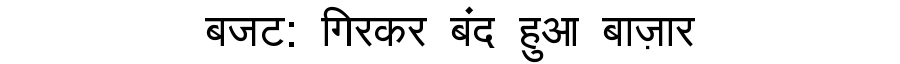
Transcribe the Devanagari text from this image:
बजट: गिरकर बंद हुआ बाज़ार